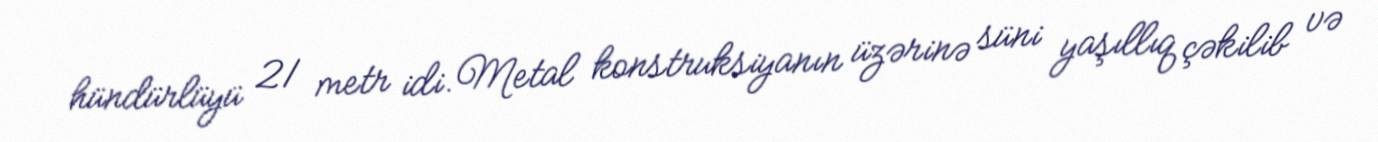
hündürlüyü 21 metr idi. Metal konstruksiyanın üzərinə süni yaşıllıq çəkilib və